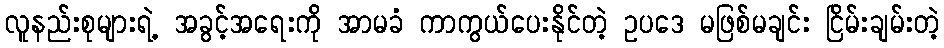
လူနည်းစုများရဲ့ အခွင့်အရေးကို အာမခံ ကာကွယ်ပေးနိုင်တဲ့ ဥပဒေ မဖြစ်မချင်း ငြိမ်းချမ်းတဲ့